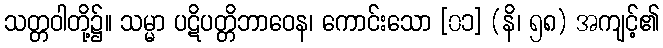
သတ္တဝါတို့၌။ သမ္မာ ပဋိပတ္တိဘာဝေန၊ ကောင်းသော [၀၁] (နိ၊ ၅၈) အကျင့်၏